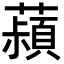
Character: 𬟄